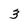
Character: 3